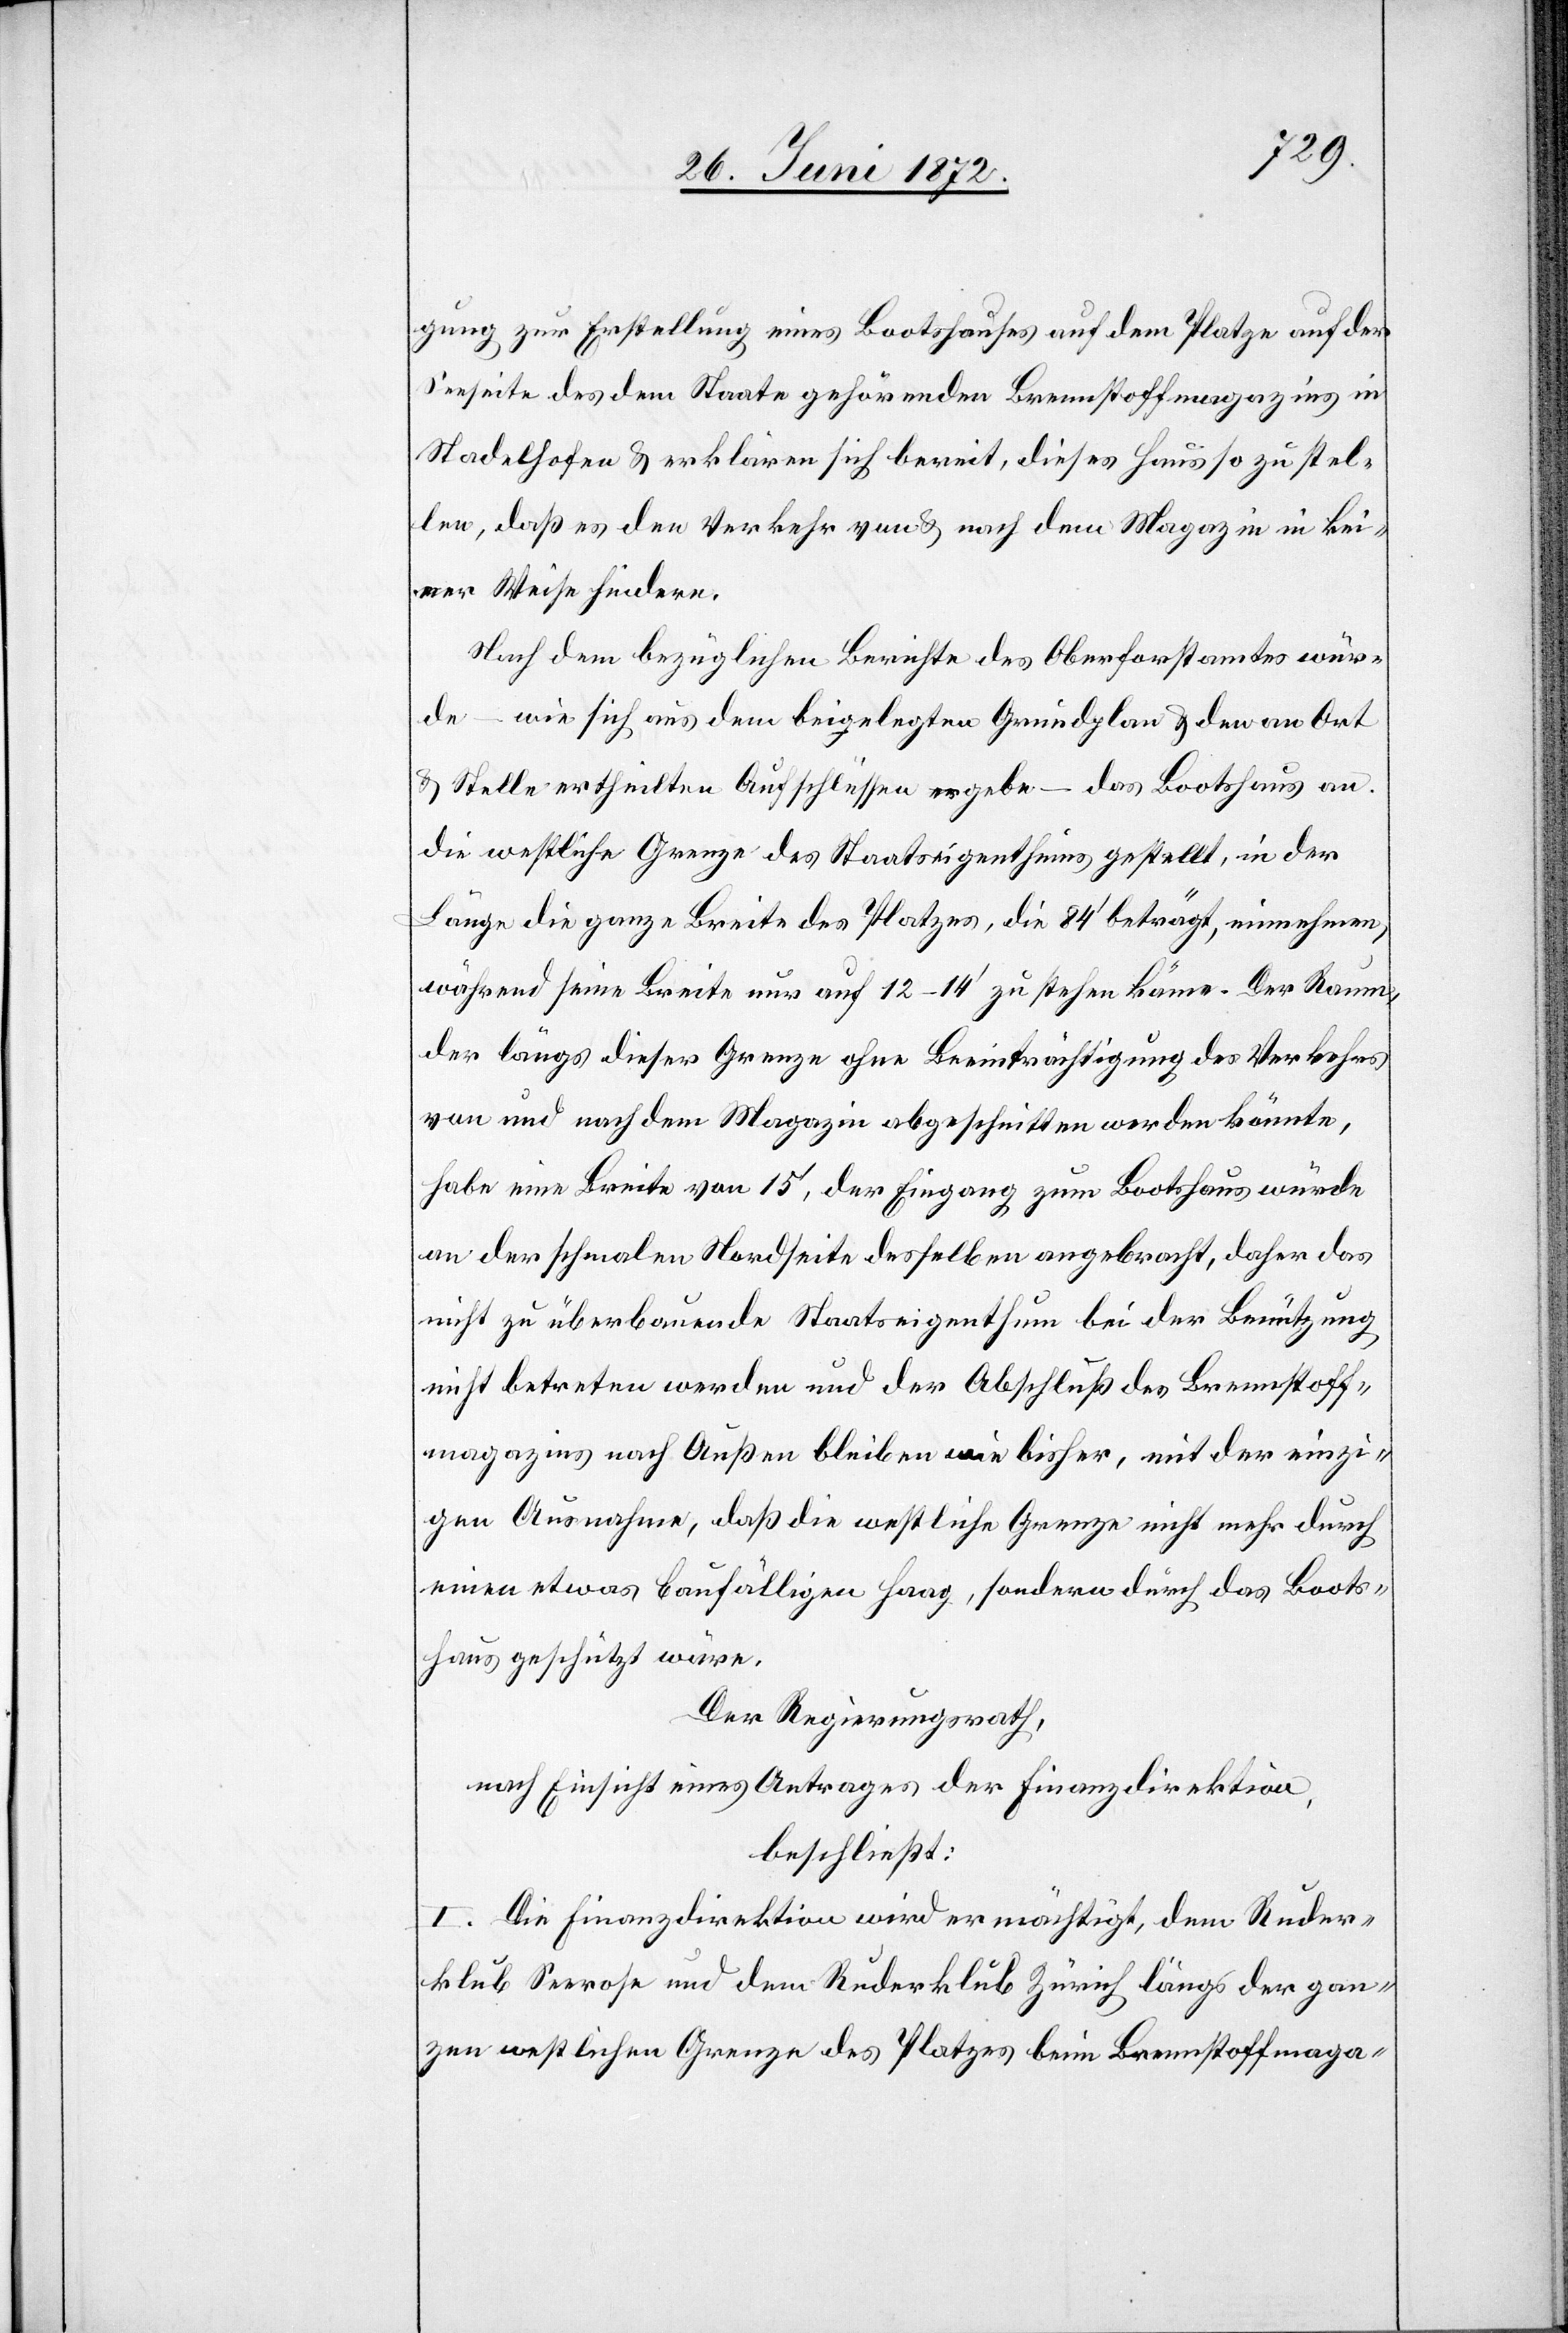
gung zur Erstellung eines Bootshauses auf dem Platze auf der
Seeseite des dem Staate gehörenden Brennstoffmagazins in
Stadelhofen u. erklären sich bereit, dieses Haus so zu stel¬
len, daß es den Verkehr von u. nach dem Magazin in kei¬
ner Weise hindere.
Nach dem bezüglichen Berichte des Oberforstamtes wür¬
de – wie sich aus dem beigelegten Grundplan u. den an Ort
u. Stelle ertheilten Aufschlüssen ergebe – das Bootshaus an
die westliche Grenze des Staatseigenthums gestellt, in der
Länge die ganze Breite des Platzes, die 84’ beträgt, einnehmen,
während seine Breite nur auf 12–14’ zu stehen käme. Der Raum,
der längs dieser Grenze ohne Beeinträchtigung des Verkehrs
von und nach dem Magazin abgeschnitten werden könnte,
habe eine Breite von 15, der Eingang zum Bootshaus würde
an der schmalen Nordseite desselben angebracht, daher das
nicht zu überbauende Staatseigenthum bei der Benützung
nicht betreten werden und der Abschluß des Brennstoff¬
magazins nach Außen bleiben wie bisher, mit der einzi¬
gen Ausnahme, daß die westliche Grenze nicht mehr durch
einen etwas baufälligen Haag, sondern durch das Boots¬
haus geschützt wäre.
Der Regierungsrath,
nach Einsicht eines Antrages der Finanzdirektion,
beschließt:
I. Die Finanzdirektion wird ermächtigt, dem Ruder¬
klub Seerose und dem Ruderklub Zürich längs der gan¬
zen westlichen Grenze des Platzes beim Brennstoffmaga-